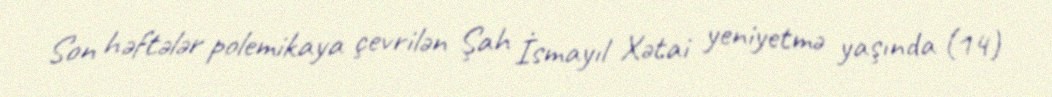
Son həftələr polemikaya çevrilən Şah İsmayıl Xətai yeniyetmə yaşında (14)